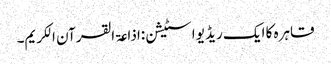
قاہرہ کا ایک ریڈیو اسٹیشن:اذاعۃ القرآن الکریم۔